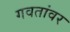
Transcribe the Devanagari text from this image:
गवतांवर